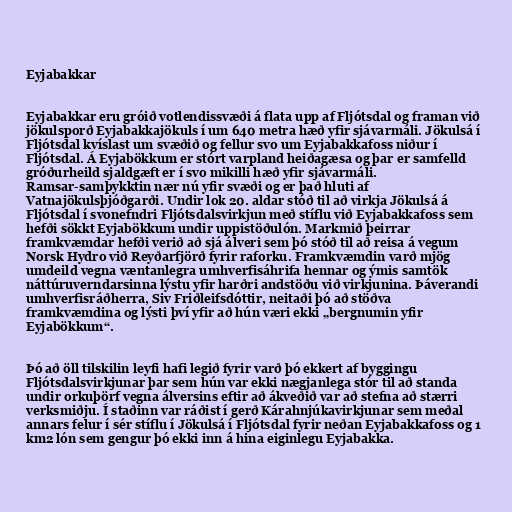
Eyjabakkar

Eyjabakkar eru gróið votlendissvæði á flata upp af Fljótsdal og framan við
jökulsporð Eyjabakkajökuls í um 640 metra hæð yfir sjávarmáli. Jökulsá í
Fljótsdal kvíslast um svæðið og fellur svo um Eyjabakkafoss niður í
Fljótsdal. Á Eyjabökkum er stórt varpland heiðagæsa og þar er samfelld
gróðurheild sjaldgæft er í svo mikilli hæð yfir sjávarmáli.
Ramsar-samþykktin nær nú yfir svæði og er það hluti af
Vatnajökulsþjóðgarði. Undir lok 20. aldar stóð til að virkja Jökulsá á
Fljótsdal í svonefndri Fljótsdalsvirkjun með stíflu við Eyjabakkafoss sem
hefði sökkt Eyjabökkum undir uppistöðulón. Markmið þeirrar
framkvæmdar hefði verið að sjá álveri sem þó stóð til að reisa á vegum
Norsk Hydro við Reyðarfjörð fyrir raforku. Framkvæmdin varð mjög
umdeild vegna væntanlegra umhverfisáhrifa hennar og ýmis samtök
náttúruverndarsinna lýstu yfir harðri andstöðu við virkjunina. Þáverandi
umhverfisráðherra, Siv Friðleifsdóttir, neitaði þó að stöðva
framkvæmdina og lýsti því yfir að hún væri ekki „bergnumin yfir
Eyjabökkum“.

Þó að öll tilskilin leyfi hafi legið fyrir varð þó ekkert af byggingu
Fljótsdalsvirkjunar þar sem hún var ekki nægjanlega stór til að standa
undir orkuþörf vegna álversins eftir að ákveðið var að stefna að stærri
verksmiðju. Í staðinn var ráðist í gerð Kárahnjúkavirkjunar sem meðal
annars felur í sér stíflu í Jökulsá í Fljótsdal fyrir neðan Eyjabakkafoss og 1
km2 lón sem gengur þó ekki inn á hina eiginlegu Eyjabakka.